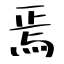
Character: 焉